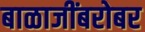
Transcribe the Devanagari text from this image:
बाळाजींबरोबर